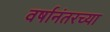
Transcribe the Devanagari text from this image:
वर्षानंतरच्या